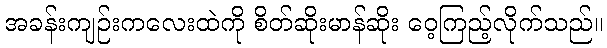
အခန်းကျဉ်းကလေးထဲကို စိတ်ဆိုးမာန်ဆိုး ဝေ့ကြည့်လိုက်သည်။